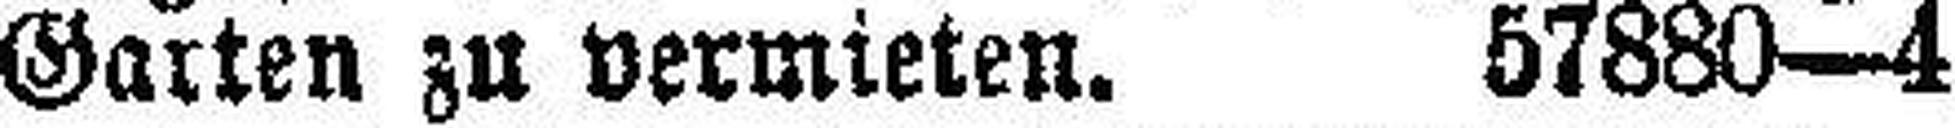
Garten zu vermieten. 57880—4